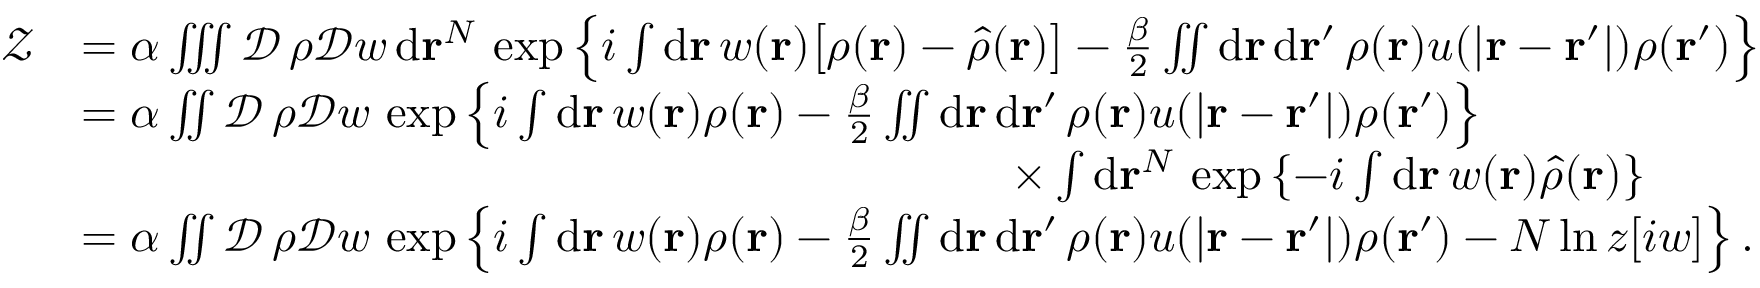
\begin{array} { r l } { \mathcal { Z } } & { = \alpha \iiint \mathcal { D } \, \rho \mathcal { D } w \, \mathrm { d } \mathbf { r } ^ { N } \, \exp \left\{ i \int \mathrm { d } \mathbf { r } \, w ( \mathbf { r } ) \big [ \rho ( \mathbf { r } ) - \hat { \rho } ( \mathbf { r } ) \big ] - \frac { \beta } { 2 } \iint \mathrm { d } \mathbf { r } \, \mathrm { d } \mathbf { r } ^ { \prime } \, \rho ( \mathbf { r } ) u ( \vert \mathbf { r } - \mathbf { r } ^ { \prime } \vert ) \rho ( \mathbf { r } ^ { \prime } ) \right\} } \\ & { = \alpha \iint \mathcal { D } \, \rho \mathcal { D } w \, \exp \left\{ i \int \mathrm { d } \mathbf { r } \, w ( \mathbf { r } ) \rho ( \mathbf { r } ) - \frac { \beta } { 2 } \iint \mathrm { d } \mathbf { r } \, \mathrm { d } \mathbf { r } ^ { \prime } \, \rho ( \mathbf { r } ) u ( \vert \mathbf { r } - \mathbf { r } ^ { \prime } \vert ) \rho ( \mathbf { r } ^ { \prime } ) \right\} } \\ & { \qquad \qquad \qquad \qquad \qquad \qquad \qquad \qquad \qquad \qquad \times \int \mathrm { d } \mathbf { r } ^ { N } \, \exp \left\{ - i \int \mathrm { d } \mathbf { r } \, w ( \mathbf { r } ) \hat { \rho } ( \mathbf { r } ) \right\} } \\ & { = \alpha \iint \mathcal { D } \, \rho \mathcal { D } w \, \exp \left\{ i \int \mathrm { d } \mathbf { r } \, w ( \mathbf { r } ) \rho ( \mathbf { r } ) - \frac { \beta } { 2 } \iint \mathrm { d } \mathbf { r } \, \mathrm { d } \mathbf { r } ^ { \prime } \, \rho ( \mathbf { r } ) u ( \vert \mathbf { r } - \mathbf { r } ^ { \prime } \vert ) \rho ( \mathbf { r } ^ { \prime } ) - N \ln z [ i w ] \right\} . } \end{array}